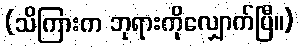
(သိကြားက ဘုရားကိုလျှောက်ပြီ။)